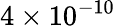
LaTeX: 4\times 10^{-10}